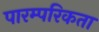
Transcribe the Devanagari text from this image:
पारम्परिकता